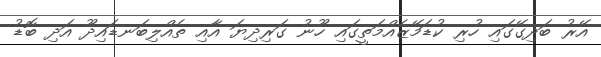
އޭރު ބަދިގޭގައި ހުރި ކުޑަމޭޒެއްމަތީގައި ހޫނު ގަރިދިޔަ އާއި ތެއްލިބަނޑައިދޫ އަދި ބޮޑު